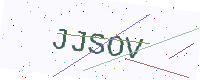
Text: JJSOV